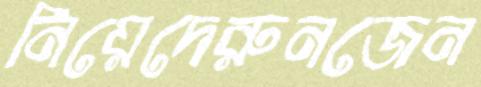
নিয়েদেরুনজেন